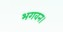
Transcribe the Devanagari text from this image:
भगवन।